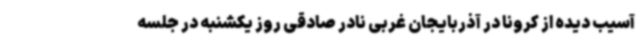
آسیب دیده از کرونا در آذربایجان غربی نادر صادقی روز یکشنبه در جلسه